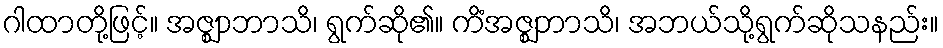
ဂါထာတို့ဖြင့်။ အဇ္ဈာဘာသိ၊ ရွက်ဆို၏။ ကိံအဇ္ဈဘာသိ၊ အဘယ်သို့ရွက်ဆိုသနည်း။